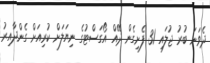
ދެވަނަ ބުރު ޖުލައި 31 ފެށިގެން ދޭއް އޯގަސްޓުގެ ނިޔަލަށް ކުރިއަށް ގެންދާއިރު